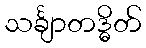
သင်္ချာတဒ္ဓိတ်